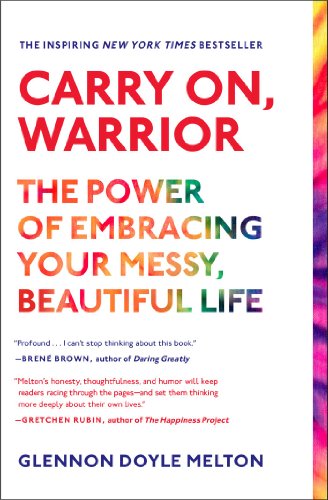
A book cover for Carry On, Warrior: The Power of Embracing Your Messy, Beautiful Life; Glennon Doyle Melton; Parenting & Relationships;